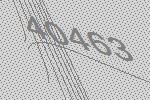
40463